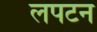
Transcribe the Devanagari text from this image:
लपटन